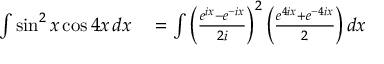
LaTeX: \begin{array} { r l } { \int \sin ^ { 2 } x \cos 4 x \, d x } & { { } = \int \left( { \frac { e ^ { i x } - e ^ { - i x } } { 2 i } } \right) ^ { 2 } \left( { \frac { e ^ { 4 i x } + e ^ { - 4 i x } } { 2 } } \right) d x } \end{array}